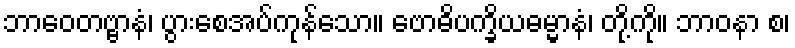
ဘာဝေတဗ္ဗာနံ၊ ပွားစေအပ်ကုန်သော။ ဗောဓိပက္ခိယဓမ္မာနံ၊ တို့ကို။ ဘာဝနာ စ၊